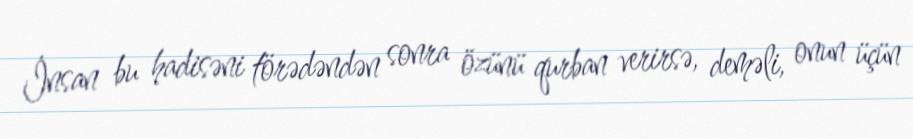
İnsan bu hadisəni törədəndən sonra özünü qurban verirsə, deməli, onun üçün